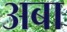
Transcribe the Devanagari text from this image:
अबा